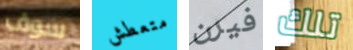
سوف متعطش فيرن تلك